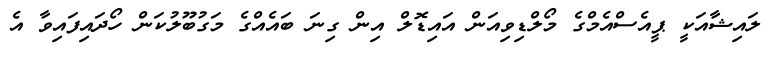
ލައިޝާއަކީ ޕީއެސްއެމްގެ މޯލްޑިވިއަން އައިޑޮލް އިން ގިނަ ބައެއްގެ މަގުބޫލުކަން ހޯދައިފައިވާ އެ